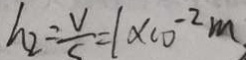
h _ { 2 } = \frac { V } { s } = 1 \times 1 0 ^ { - 2 } m .